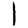
Digit: 1